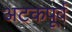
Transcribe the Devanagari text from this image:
अटकपूर्व